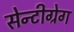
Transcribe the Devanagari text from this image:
सेन्टीग्रेग